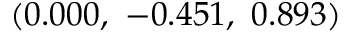
\left( 0 . 0 0 0 , \ - 0 . 4 5 1 , \ 0 . 8 9 3 \right)